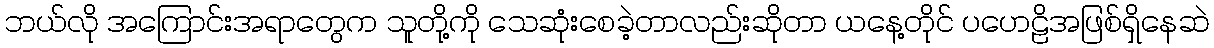
ဘယ်လို အကြောင်းအရာတွေက သူတို့ကို သေဆုံးစေခဲ့တာလည်းဆိုတာ ယနေ့တိုင် ပဟေဠိအဖြစ်ရှိနေဆဲ